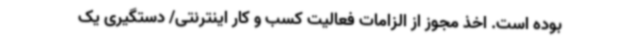
بوده است. اخذ مجوز از الزامات فعالیت کسب و کار اینترنتی/ دستگیری یک